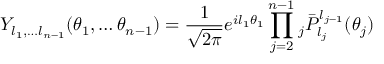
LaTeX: Y _ { l _ { 1 } , \dots l _ { n - 1 } } ( \theta _ { 1 } , \dots \theta _ { n - 1 } ) = { \frac { 1 } { \sqrt { 2 \pi } } } e ^ { i l _ { 1 } \theta _ { 1 } } \prod _ { j = 2 } ^ { n - 1 } { } _ { j } { \bar { P } } _ { l _ { j } } ^ { l _ { j - 1 } } ( \theta _ { j } )